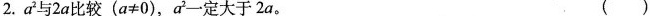
2.a^{2}与2a比较(a≠0)，a^{2}一定大于2a。 ()